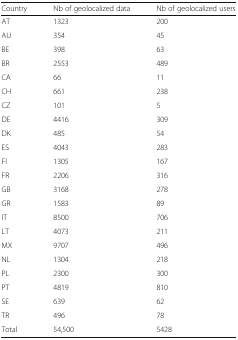
<table><thead><tr><td><b>Country</b></td><td><b>Nb of geolocalized data</b></td><td><b>Nb of geolocalized users</b></td></tr></thead><tbody><tr><td>AT</td><td>1323</td><td>200</td></tr><tr><td>AU</td><td>354</td><td>45</td></tr><tr><td>BE</td><td>398</td><td>63</td></tr><tr><td>BR</td><td>2553</td><td>489</td></tr><tr><td>CA</td><td>66</td><td>11</td></tr><tr><td>CH</td><td>661</td><td>238</td></tr><tr><td>CZ</td><td>101</td><td>5</td></tr><tr><td>DE</td><td>4416</td><td>309</td></tr><tr><td>DK</td><td>485</td><td>54</td></tr><tr><td>ES</td><td>4043</td><td>283</td></tr><tr><td>FI</td><td>1305</td><td>167</td></tr><tr><td>FR</td><td>2206</td><td>316</td></tr><tr><td>GB</td><td>3168</td><td>278</td></tr><tr><td>GR</td><td>1583</td><td>89</td></tr><tr><td>IT</td><td>8500</td><td>706</td></tr><tr><td>LT</td><td>4073</td><td>211</td></tr><tr><td>MX</td><td>9707</td><td>496</td></tr><tr><td>NL</td><td>1304</td><td>218</td></tr><tr><td>PL</td><td>2300</td><td>300</td></tr><tr><td>PT</td><td>4819</td><td>810</td></tr><tr><td>SE</td><td>639</td><td>62</td></tr><tr><td>TR</td><td>496</td><td>78</td></tr><tr><td>Total</td><td>54,500</td><td>5428</td></tr></tbody></table>